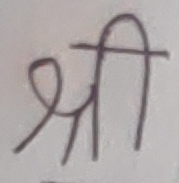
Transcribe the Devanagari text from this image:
श्री